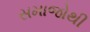
સમાજોથી